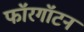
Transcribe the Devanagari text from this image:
फॉरगॉटन